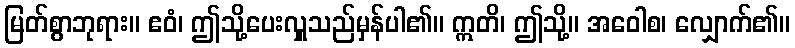
မြတ်စွာဘုရား။ ဧဝံ၊ ဤသို့ပေးလှူသည်မှန်ပါ၏။ ဣတိ၊ ဤသို့။ အဝေါစ၊ လျှောက်၏။